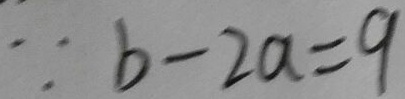
\because b - 2 a = 9